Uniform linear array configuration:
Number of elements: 64
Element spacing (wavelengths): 0.25
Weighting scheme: hamming
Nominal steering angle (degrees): -30
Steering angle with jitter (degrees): -29.626
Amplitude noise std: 0.05
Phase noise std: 0.05

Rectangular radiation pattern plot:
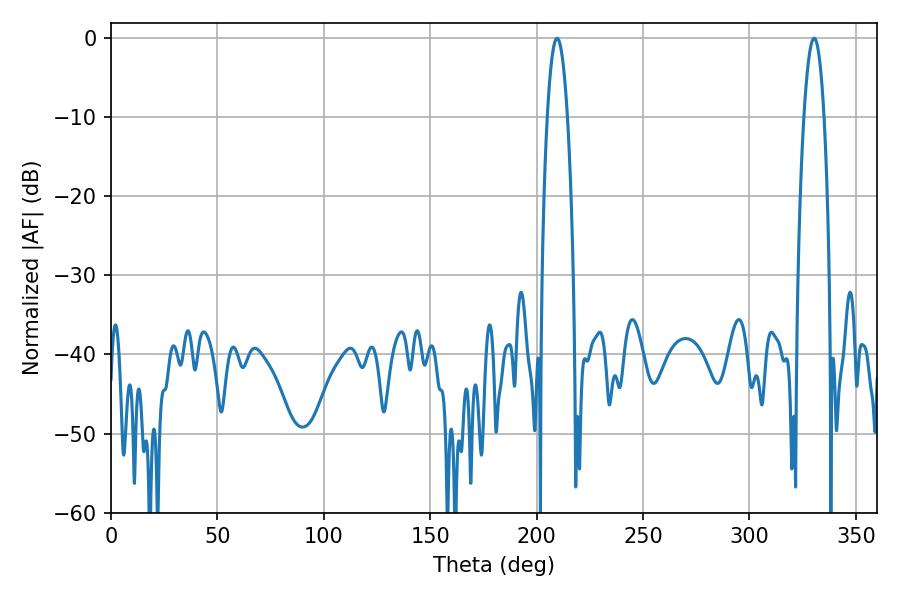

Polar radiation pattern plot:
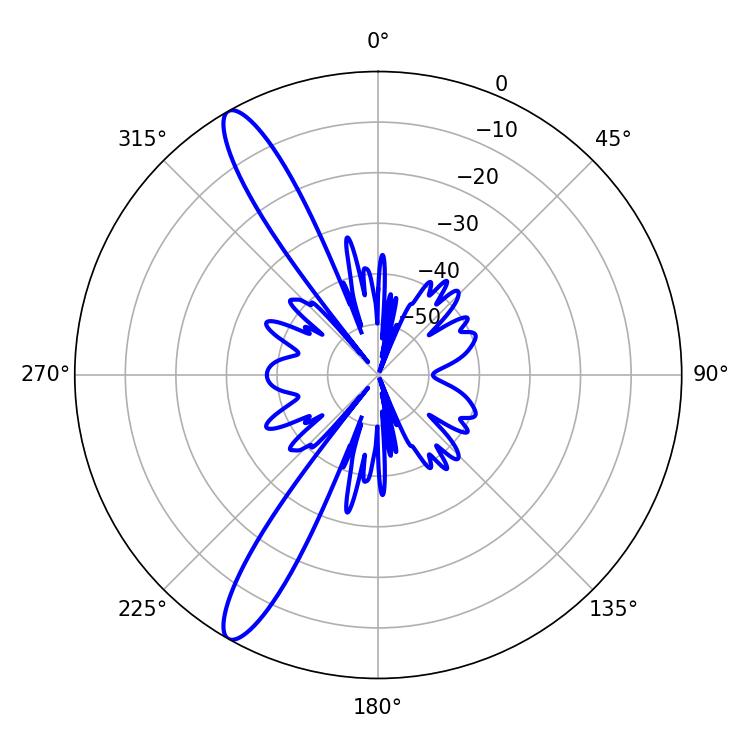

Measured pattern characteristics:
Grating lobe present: FALSE
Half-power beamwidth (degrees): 5.22
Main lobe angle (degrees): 209.52